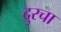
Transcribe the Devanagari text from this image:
दुरचा